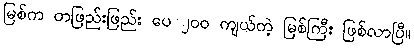
မြစ်က တဖြည်းဖြည်း ပေ ၂၀၀ ကျယ်တဲ့ မြစ်ကြီး ဖြစ်လာပြီ။